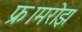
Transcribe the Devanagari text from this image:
फ्रामरोझ